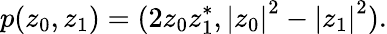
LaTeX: p(z_{0},z_{1})=(2z_{0}z_{1}^{\ast},\left|z_{0}\right|^{2}-\left|z_{1}\right|^{2}).